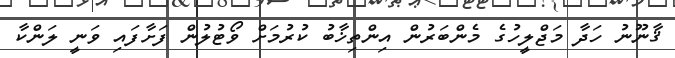
ޤާނޫނު ހަދާ މަޖްލީހުގެ މެންބަރުން އިންތިޚާބު ކުރުމަށް ވޯޓުލުން ފަށާފައި ވަނީ ލަންކާ